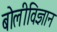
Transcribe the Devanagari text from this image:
बोलीविज्ञान